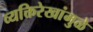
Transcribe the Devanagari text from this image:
व्यक्तिरेखांमुळे